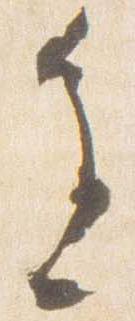
辺